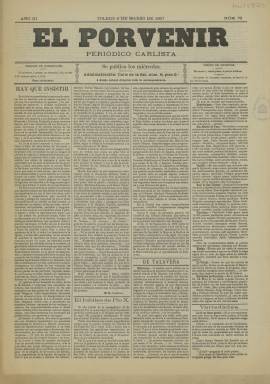
Título: El Porvenir (Toledo)
Colección: Periódicos
Ámbito geográfico: Toledo
Lugar de publicación: Toledo
Fechas: 06/03/1907-06/03/1907